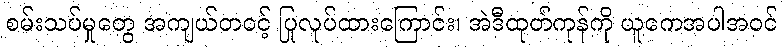
စမ်းသပ်မှုတွေ အကျယ်တဝင့် ပြုလုပ်ထားကြောင်း၊ အဲဒီထုတ်ကုန်ကို ယူကေအပါအဝင်